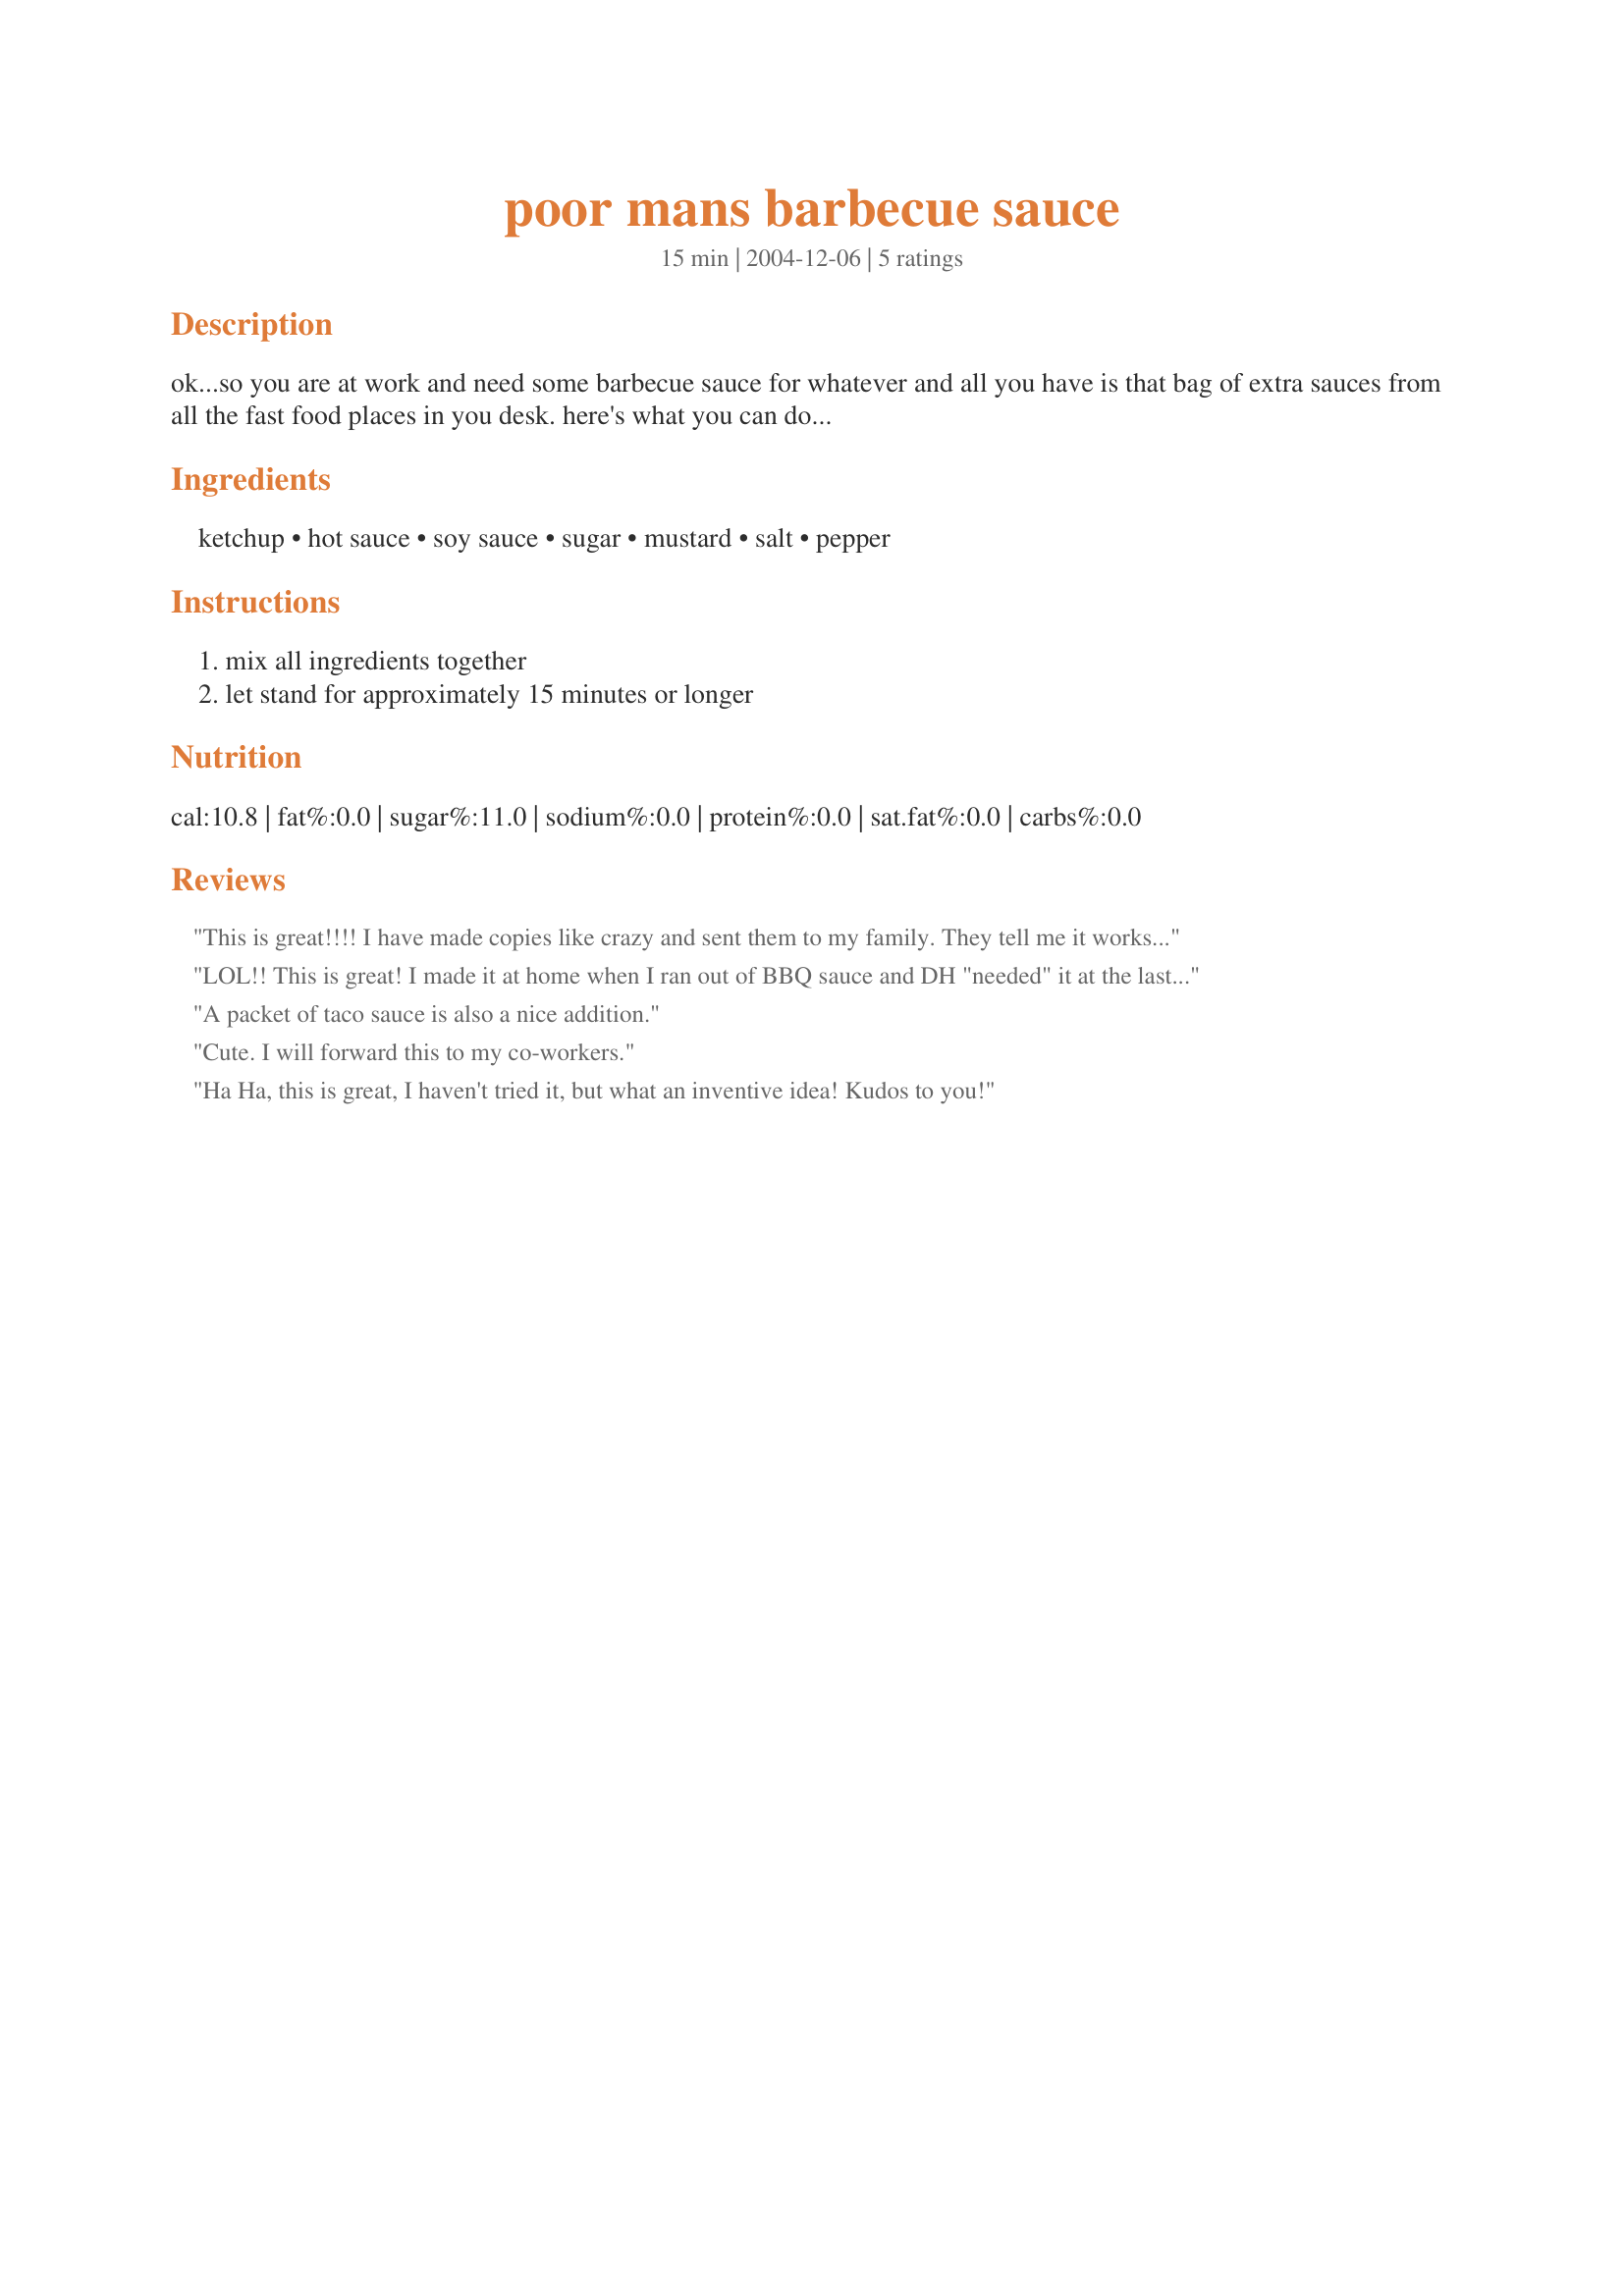
poor mans barbecue sauce
Preparation time: 15 minutes

ok...so you are at work and need some barbecue sauce for whatever and all you have is that bag of extra sauces from all the fast food places in you desk. here's what you can do...

Ingredients:
ketchup, hot sauce, soy sauce, sugar, mustard, salt, pepper

Steps:
mix all ingredients together, let stand for approximately 15 minutes or longer

Reviews:
This is great!!!! I have made copies like crazy and sent them to my family. They tell me it works and they are very happy with this recipe. Very Nice Thank You for sharing. Hugs
LOL!! This is great! I made it at home when I ran out of BBQ sauce and DH "needed" it at the last minute for his meatloaf. I used the ingredients listed, except I subbed A1 for soy sauce, and guessed at the packet sizes. Turned out great and saved dinner. :)
A packet of taco sauce is also a nice addition.
Cute. I will forward this to my co-workers.
Ha Ha, this is great, I haven't tried it, but what an inventive idea! Kudos to you!
